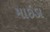
માઇડા